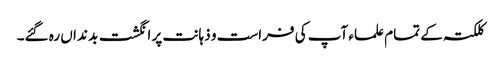
کلکتہ کے تمام علماء آپ کی فراست و ذہانت پر انگشت بد نداں رہ گئے۔